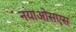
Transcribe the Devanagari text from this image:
नयाओसएस